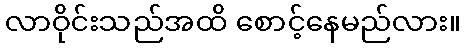
လာဝိုင်းသည်အထိ စောင့်နေမည်လား။